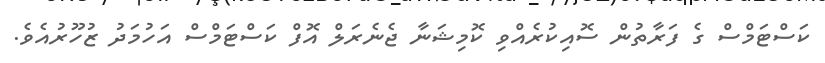
ކަސްޓަމްސް ގެ ފަރާތުން ސޮއިކުރެއްވި ކޮމިޝަނާ ޖެނެރަލް އޮފް ކަސްޓަމްސް އަހުމަދު ޒުހޫރުއެވެ.